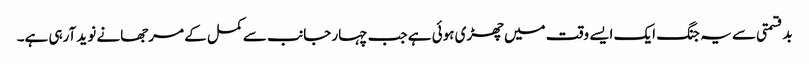
بدقسمتی سے یہ جنگ ایک ایسے وقت میں چھڑی ہوئی ہے جب چہار جانب سے کمل کے مرجھانے نوید آرہی ہے۔